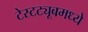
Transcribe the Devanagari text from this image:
टेस्टट्यूबमध्ये